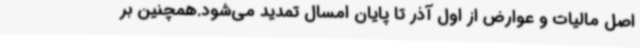
اصل مالیات و عوارض از اول آذر تا پایان امسال تمدید می‌شود.همچنین بر